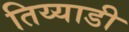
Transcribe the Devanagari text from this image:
तिय्याडी